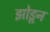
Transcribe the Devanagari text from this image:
झोडून